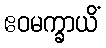
ဧဝမက္ခာယိံ